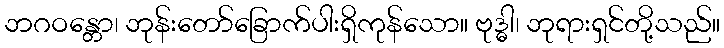
ဘဂဝန္တော၊ ဘုန်းတော်ခြောက်ပါးရှိကုန်သော။ ဗုဒ္ဓါ၊ ဘုရားရှင်တို့သည်။